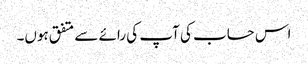
اس حساب کی آپ کی رائے سے متفق ہوں۔